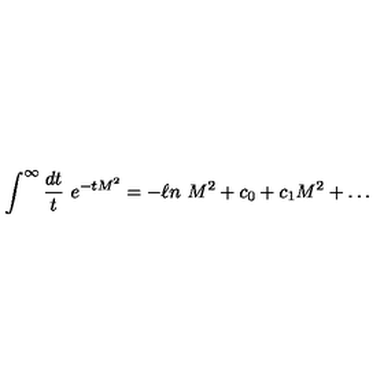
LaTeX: \int ^ { \infty } { \frac { d t } { t } } \ e ^ { - t M ^ { 2 } } = - \ell n \ M ^ { 2 } + c _ { 0 } + c _ { 1 } M ^ { 2 } + \dots